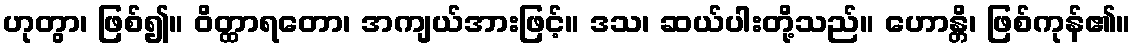
ဟုတွာ၊ ဖြစ်၍။ ဝိတ္ထာရတော၊ အကျယ်အားဖြင့်။ ဒသ၊ ဆယ်ပါးတို့သည်။ ဟောန္တိ၊ ဖြစ်ကုန်၏။